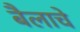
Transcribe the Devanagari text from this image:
बैलाचे